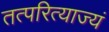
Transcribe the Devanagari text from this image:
तत्परित्याज्यं